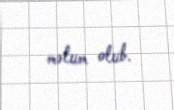
məlum olub.